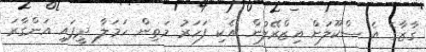
ގާޒާގެ އެ ސްކޫލަށް އިޒްރޭލުން އެކި ފަހަރު މަތިން ހަމަލާ ދީފައި އަންގާރަ